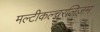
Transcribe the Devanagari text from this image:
मल्टीकल्चरलिज़म